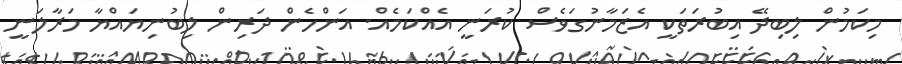
މިކަމުން ލިބިދޭ އިބުރަތަކީ އެޒަމާނުގަވެސް ކުރަނީ އެއްކަމެއް. އަންހެން ދަރިން ލިބުނިޔައްޔާ މަރާލަނީ